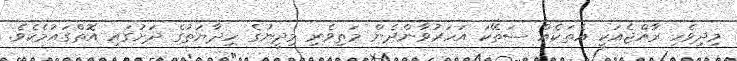
މިދިވެހި ރާއްޖެއަކީ އެތަކެއް ސަތޭކަ އަހަރުވާންދެން މަތިވެރި މިދީނުގެ ހިދާޔަތުގެ ދަށުގައި އޮތްގައުމެކެވެ.